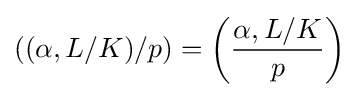
((\alpha ,L/K)/p)=\left({\frac {\alpha ,L/K}{p}}\right)